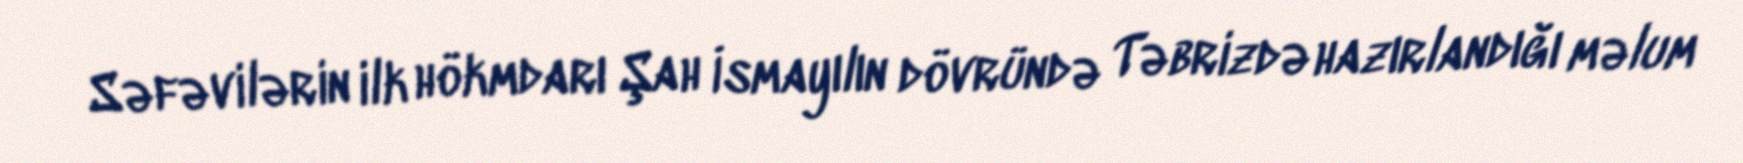
Səfəvilərin ilk hökmdarı Şah İsmayılın dövründə Təbrizdə hazırlandığı məlum